Cholera in southern India
Disease focus: Cholera
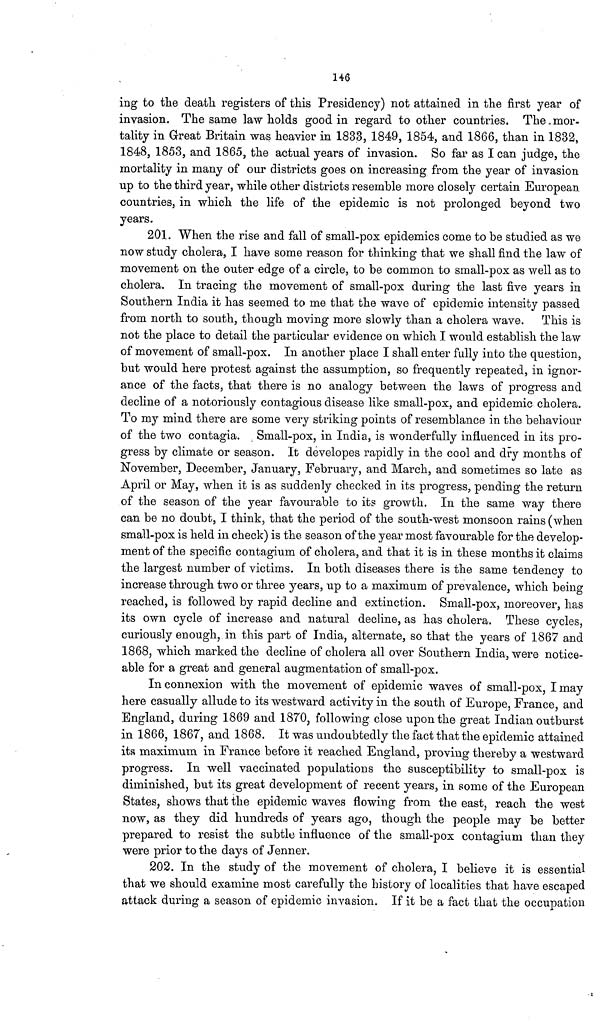
146
ing to the death registers of this Presidency) not attained in the first year of
invasion. The same law holds good in regard to other countries. The „mor-
tality in Great Britain was heavier in 1833, 1849, 1854, and 1866, than in 1832,
1848, 1853, and 1865, the actual years of invasion. So far as I can judge, the
mortality in many of our districts goes on increasing from the year of invasion
up to the third year, while other districts resemble more closely certain European
countries, in which the life of the epidemic is not prolonged beyond two
years.
201. When the rise and fall of small-pox epidemics come to be studied as we
now study cholera, I have some reason for thinking that we shall find the law of
movement on the outer edge of a circle, to be common to small-pox as well as to
cholera. In tracing the movement of small-pox during the last five years in
Southern India it has seemed to me that the wave of epidemic intensity passed
from north to south, though moving more slowly than a cholera wave. This is
not the place to detail the particular evidence on which I would establish the law
of movement of small-pox. In another place I shall enter fully into the question,
but would here protest against the assumption, so frequently repeated, in ignor-
ance of the facts, that there is no analogy between the laws of progress and
decline of a notoriously contagious disease like small-pox, and epidemic cholera.
To my mind there are some very striking points of resemblance in the behaviour
of the two contagia. Small-pox, in India, is wonderfully influenced in its pro-
gress by climate or season. It developes rapidly in the cool and dry months of
November, December, January, February, and March, and sometimes so late as
April or May, when it is as suddenly checked in its progress, pending the return
of the season of the year favourable to its growth. In the same way there
can be no doubt, I think, that the period of the south-west monsoon rains (when
small-pox is held in check) is the season of the year most favourable for the develop-
ment of the specific contagium of cholera, and that it is in these months it claims
the largest number of victims. In both diseases there is the same tendency to
increase through two or three years, up to a maximum of prevalence, which being
reached, is followed by rapid decline and extinction. Small-pox, moreover, has
its own cycle of increase and natural decline, as has cholera. These cycles,
curiously enough, in this part of India, alternate, so that the years of 1867 and
1868, which marked the decline of cholera all over Southern India, were notice-
able for a great and general augmentation of small-pox.
In connexion with the movement of epidemic waves of small-pox, I may
here casually allude to its westward activity in the south of Europe, France, and
England, during 1869 and 1870, following close upon the great Indian outburst
in 1866, 1867, and 1868. It was undoubtedly the fact that the epidemic attained
its maximum in France before it reached England, proving thereby a westward
progress. In well vaccinated populations the susceptibility to small-pox is
diminished, but its great development of recent years, in some of the European
States, shows that the epidemic waves flowing from the east, reach the west
now, as they did hundreds of years ago, though the people may be better
prepared to resist the subtle influence of the small-pox contagium than they
were prior to the days of Jenner.
202. In the study of the movement of cholera, I believe it is essential
that we should examine most carefully the history of localities that have escaped
attack during a season of epidemic invasion. If it be a fact that the occupation